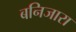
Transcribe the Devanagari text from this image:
बनिजारा